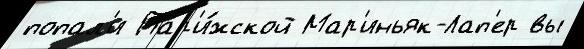
попал'и Пар'и́жской Мар'иньяк-Лап'ер вы